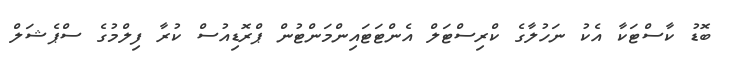
ބޮޑު ކާސްޓަކާ އެކު ނަހުލާގެ ކްރިސްޓަލް އެންޓަޓައިންމަންޓުން ޕްރޮޑިއުސް ކުރާ ފިލްމުގެ ސްޕެޝަލް